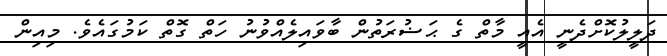
ދަލީލުކޮށްދެނީ އެއީ މާތް ގެ ޙަޟުރަތުން ބާވައިލެއްވުނު ހަތް ގޮތް ކަމުގައެވެ. މިއިން